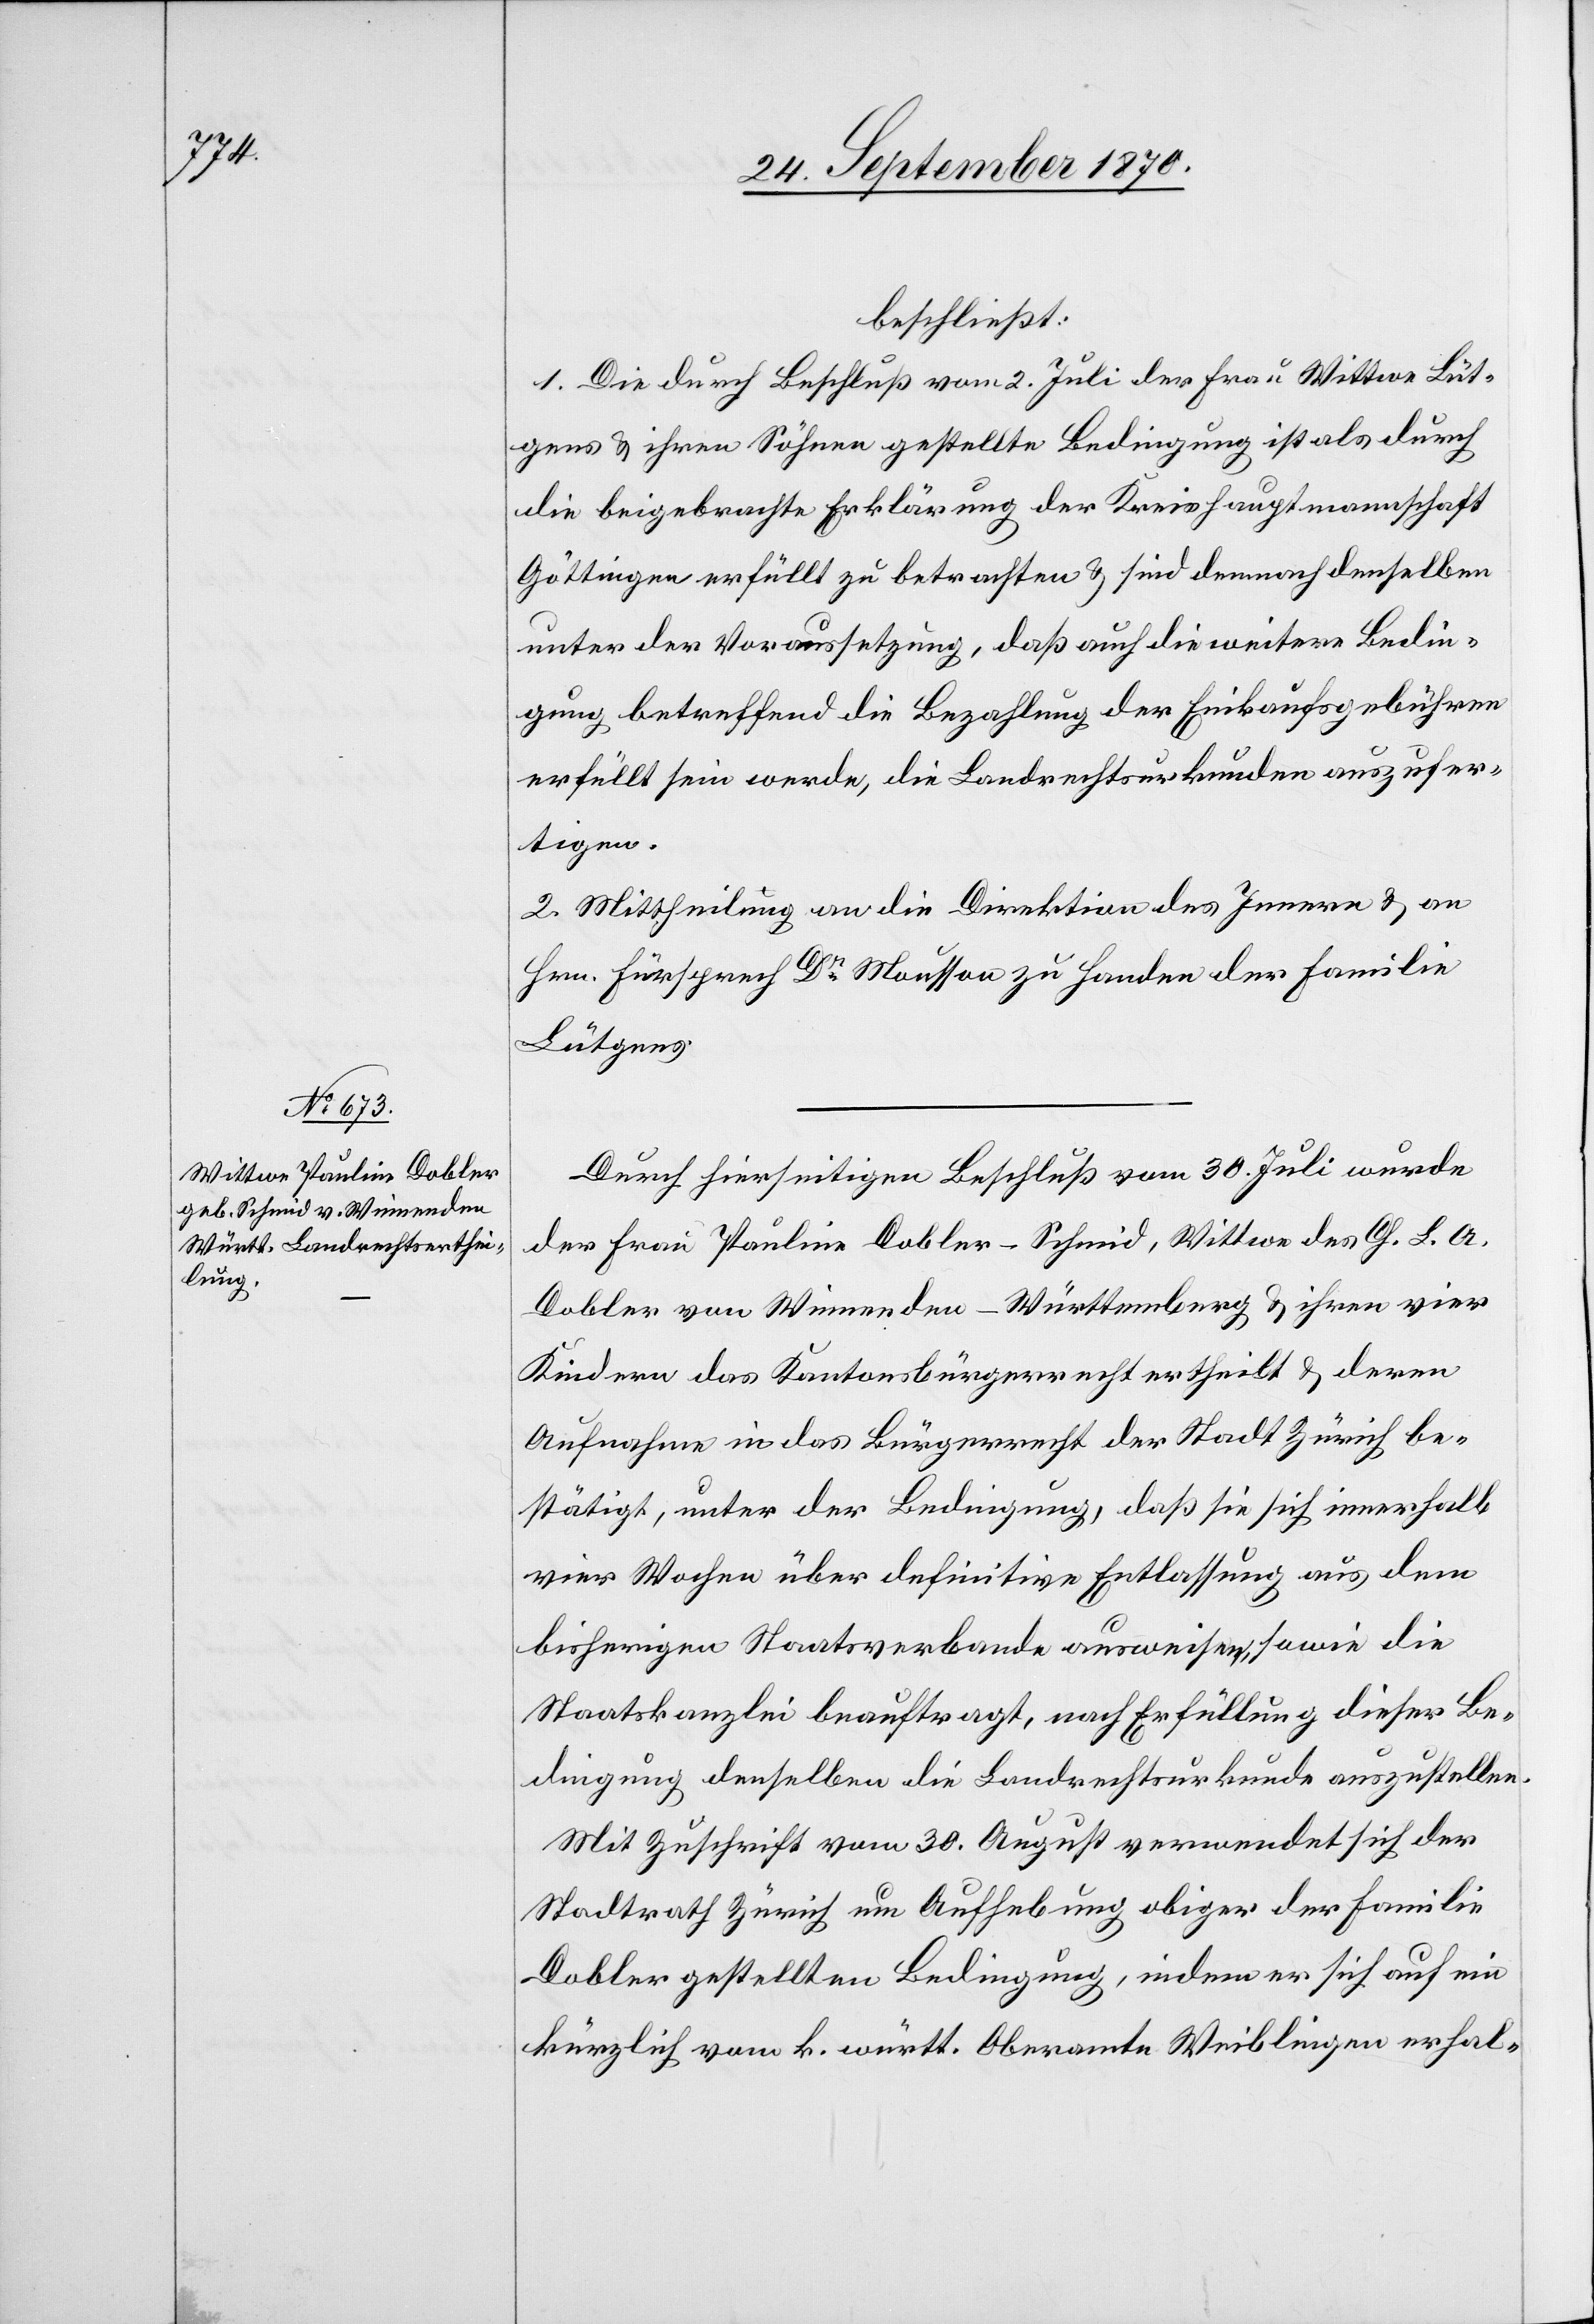
beschließt:
1. Die durch Beschluß vom 2. Juli der Frau Wittwe Lüt¬
gens & ihren Söhnen gestellte Bedingung ist als durch
die beigebrachte Erklärung der Kreishauptmannschaft
Göttingen erfüllt zu betrachten & sind demnach denselben
unter der Voraussetzung, daß auch die weitere Bedin¬
gung betreffend die Bezahlung der Einkaufsgebühren
erfüllt sein werde, die Landrechtsurkunden auszufer¬
tigen.
2. Mittheilung an die Direktion des Innern & an
Hrn. Fürsprech Dr Mousson zu Handen der Familie
Lütgens.
Durch hierseitigen Beschluß vom 30. Juli wurde
der Frau Pauline Dobler-Schmid, Wittwe des Ch. L. A.
Dobler von Winnenden - Württemberg & ihren vier
Kindern das Kantonsbürgerrecht ertheilt & deren
Aufnahme in das Bürgerrecht der Stadt Zürich be¬
stätigt, unter der Bedingung, daß sie sich innerhalb
vier Wochen über definitive Entlassung aus dem
bisherigen Staatsverbande ausweisen, sowie die
Staatskanzlei beauftragt, nach Erfüllung dieser Be¬
dingung denselben die Landrechtsurkunde auszustellen.
Mit Zuschrift vom 30. August verwendet sich der
Stadtrath Zürich um Aufhebung obiger der Familie
Dobler gestellten Bedingung, indem er sich auf ein
kürzlich vom k. württ. Oberamte Weiblingen erhal-